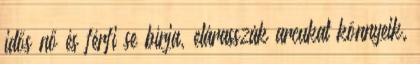
idős nő és férfi se bírja, elárasszák arcukat könnyeik.